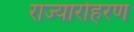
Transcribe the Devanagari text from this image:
राज्यारोहरण